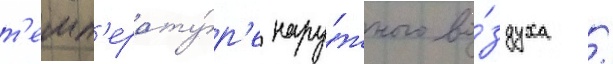
т'емп'ерату́р'е нару́жного во́здуха /